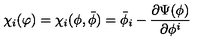
\chi _ { i } ( \varphi ) = \chi _ { i } ( \phi , { \bar { \phi } } ) = { \bar { \phi } } _ { i } - \frac { \partial \Psi ( \phi ) } { \partial \phi ^ { i } }